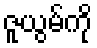
ဇူယွမ်ကို